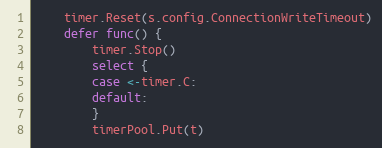
Language: Go
	timer.Reset(s.config.ConnectionWriteTimeout)
	defer func() {
		timer.Stop()
		select {
		case <-timer.C:
		default:
		}
		timerPool.Put(t)